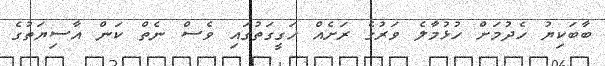
ބާބަކިޔު ހެދުމަށް ހުޅުމާލެ ވަރުގެ ރަށެއް ހަގީގަތުގައި ވެސް ނެތް ކަން އާސިޔަތުގެ